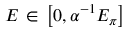
E \, \in \, \bigl [ 0 , \alpha ^ { - 1 } E _ { \pi } \bigr ]